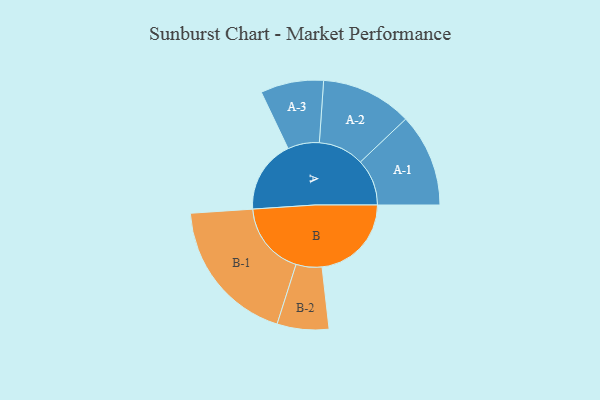
{"axis": {"x": "Segment", "y": "Value"}, "legend": ["", "A", "B"], "data": [{"x": "A", "y": 297, "type": ""}, {"x": "B", "y": 363, "type": ""}, {"x": "A-1", "y": 189, "type": "A"}, {"x": "A-2", "y": 185, "type": "A"}, {"x": "A-3", "y": 128, "type": "A"}, {"x": "B-1", "y": 298, "type": "B"}, {"x": "B-2", "y": 105, "type": "B"}]}